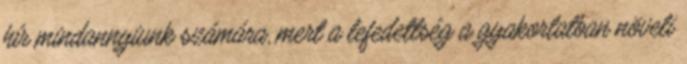
hír mindannyiunk számára, mert a lefedettség a gyakorlatban növeli